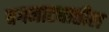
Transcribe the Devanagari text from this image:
वगनाट्यातील